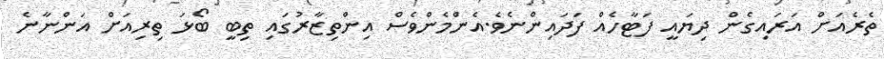
ތެރެއަށް އަރައިގެން ދިޔައީ ފަޓާހެއް ފަދައިންނެވެ.އެންމެންވެސް އިންތިޒާރުގައި ތިބީ ބޯޅަ ތިރިއަށް އަންނާނެ